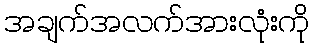
အချက်အလက်အားလုံးကို